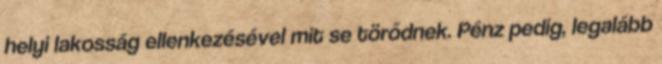
helyi lakosság ellenkezésével mit se törődnek. Pénz pedig, legalább